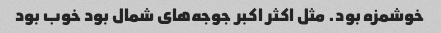
خوشمزه بود. مثل اکثر اکبر جوجه‌های شمال بود خوب بود